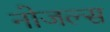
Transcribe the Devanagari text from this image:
नोजल्स